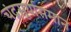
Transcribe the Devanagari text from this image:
चंद्रसूर्यासमान